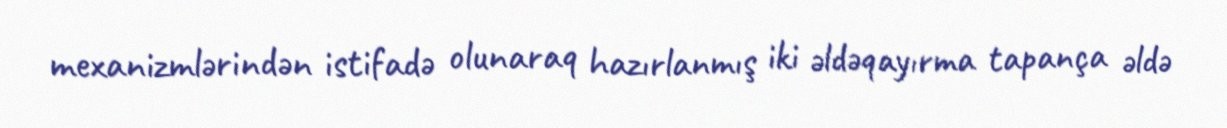
mexanizmlərindən istifadə olunaraq hazırlanmış iki əldəqayırma tapança əldə